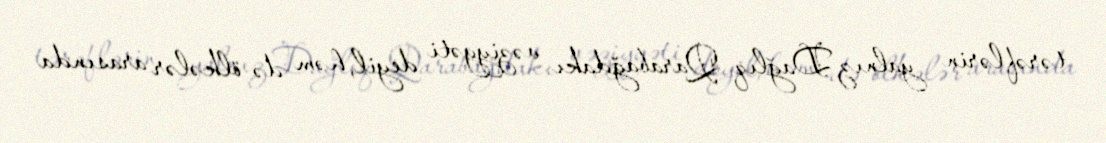
tərəflərin yalnız Dağlıq Qarabağdakı vəziyyəti deyil, həm də ölkələr arasında